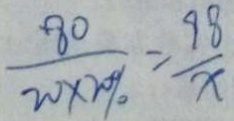
\frac { 8 0 } { 2 0 \times 2 0 \% } = \frac { 9 8 } { x }